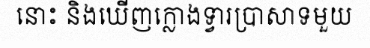
នោះ និងឃើញក្លោងទ្វារប្រាសាទមួយ